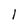
Character: 1